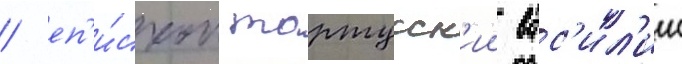
/ еп'и́скоп тартусск'ии вас'ил'ии